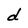
Character: d